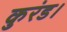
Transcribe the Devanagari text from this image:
कुरंड।